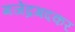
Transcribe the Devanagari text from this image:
गजेंद्रगदकर